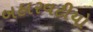
બહારવટીયો